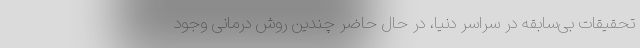
تحقیقات بی‌سابقه در سراسر دنیا، در حال حاضر چندین روش درمانی وجود